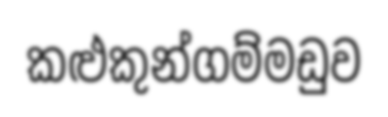
කළුකුන්ගම්මඩුව